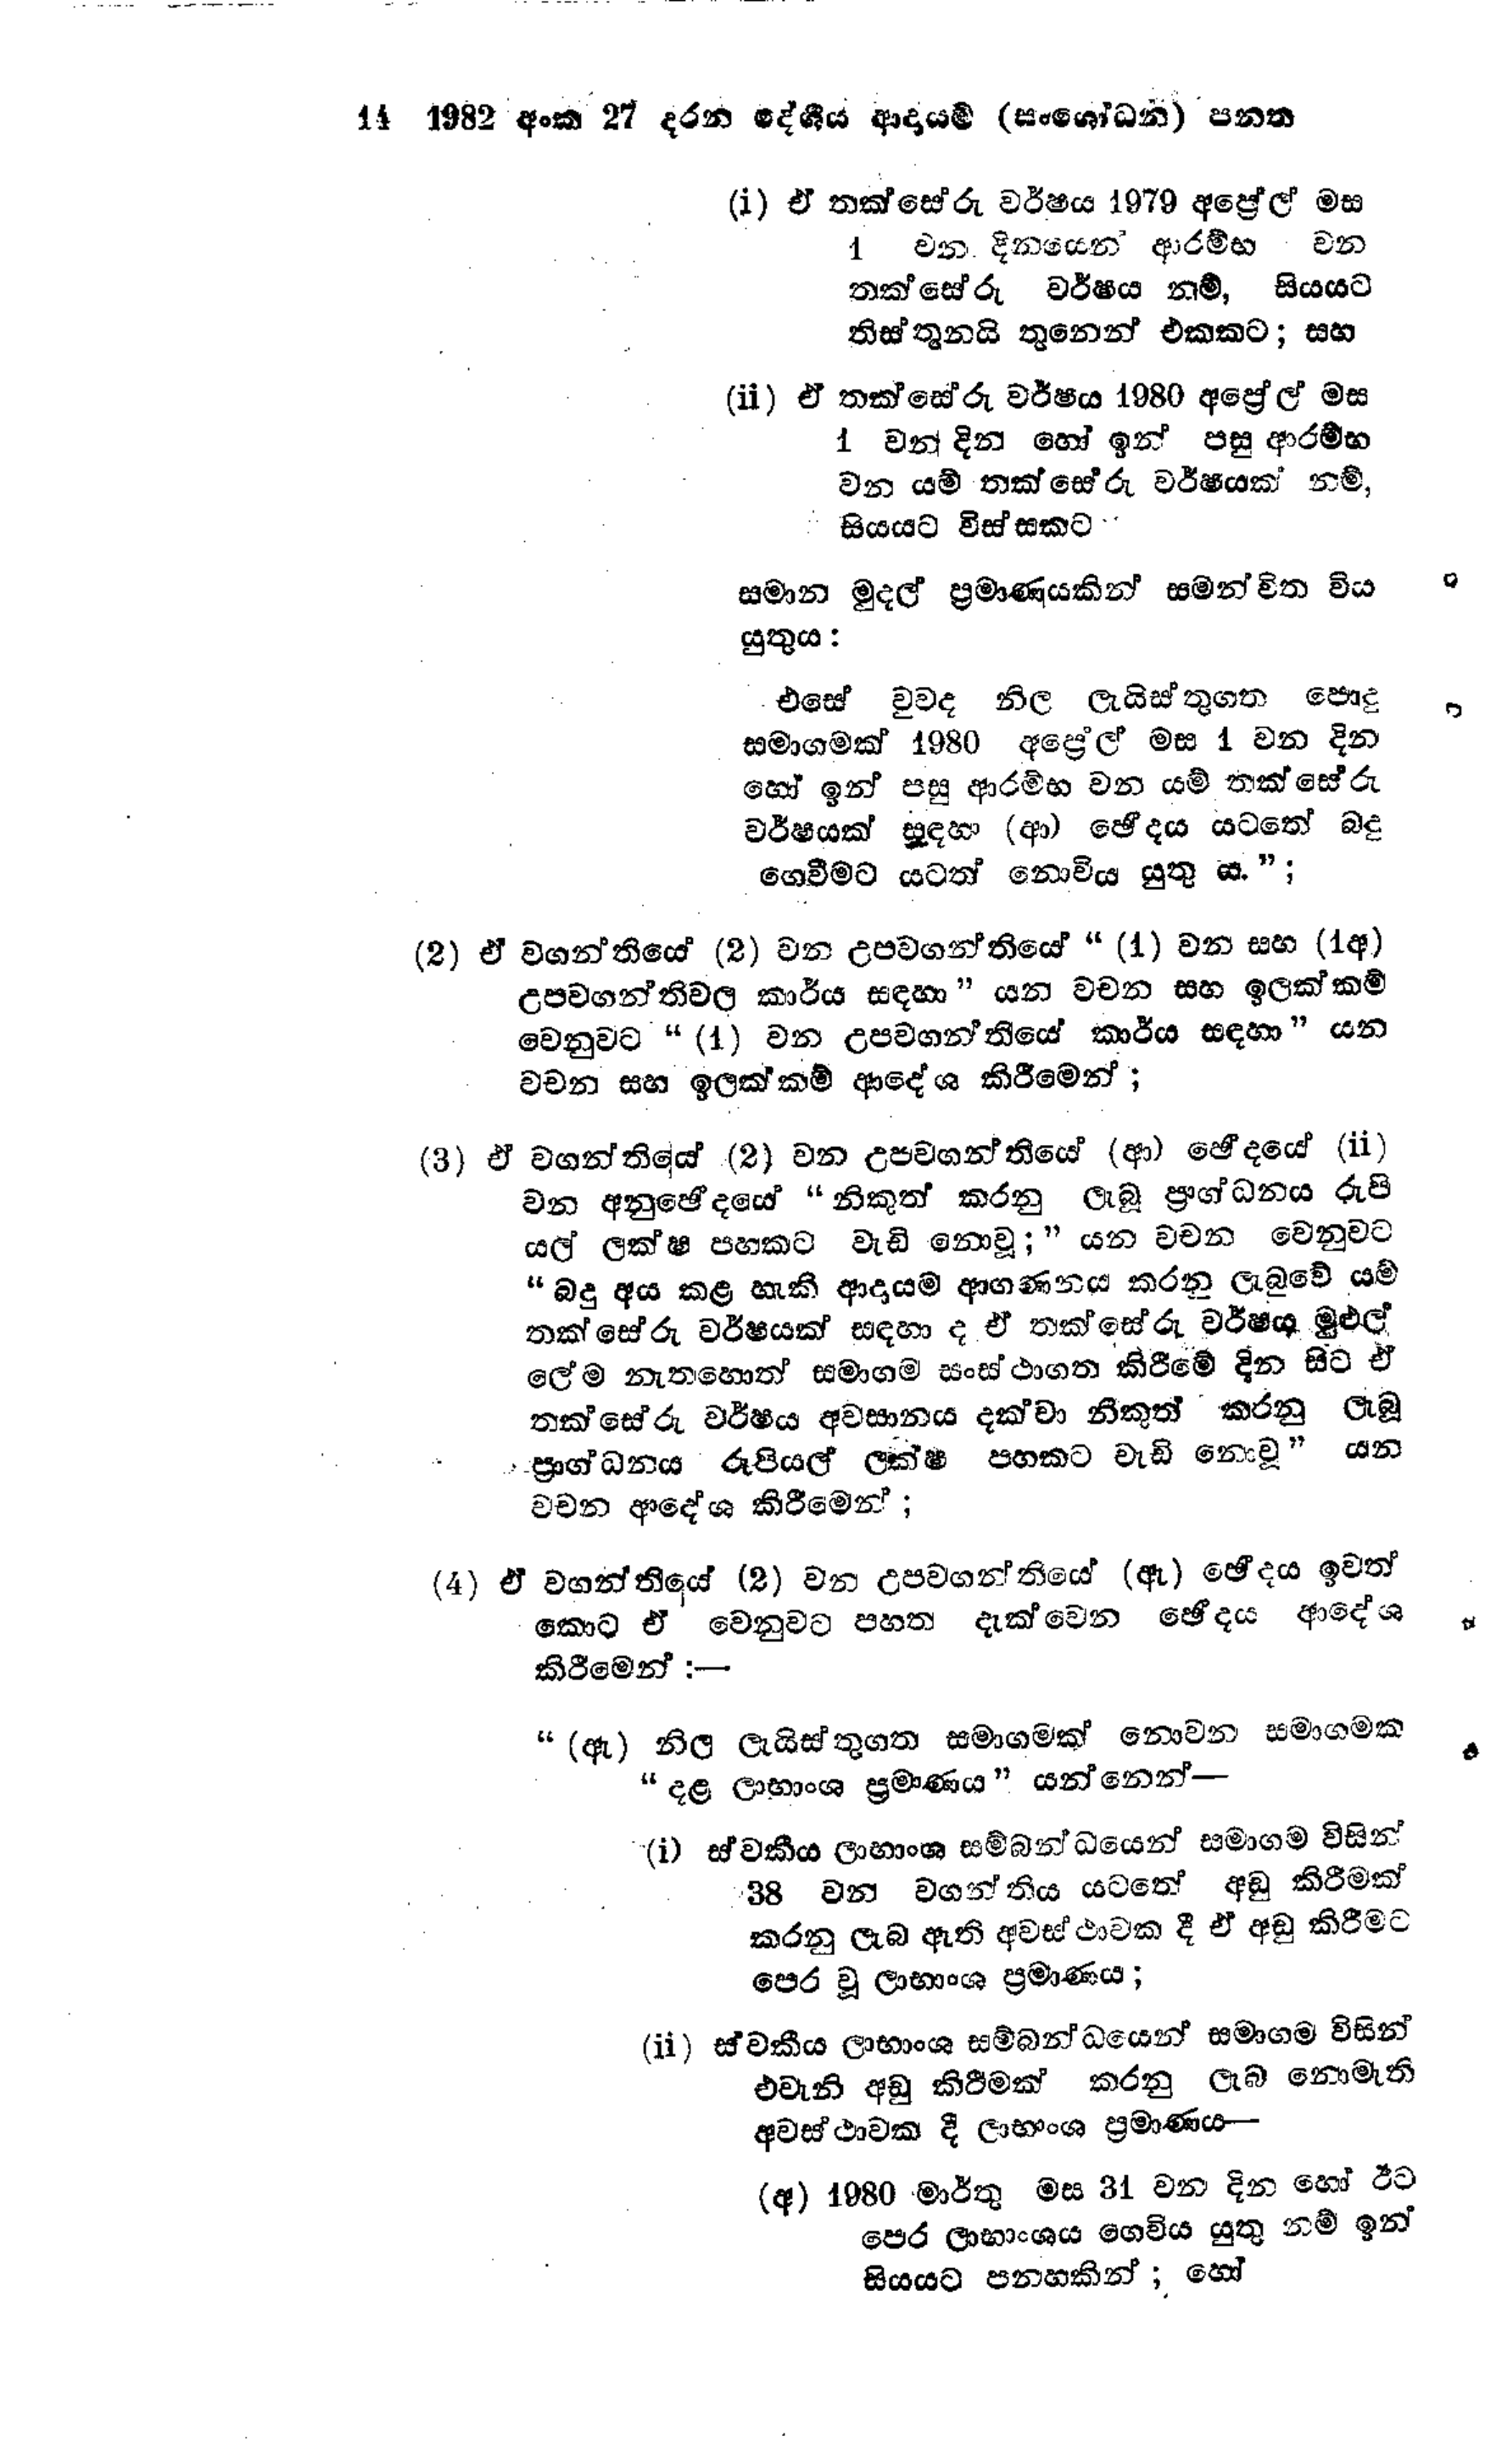
14 1982 අංක 27 දරන දේශීය ආදායම් (සංශෝධන ) පනත

(i) ඒ තක්සේරු වර්ෂය 1979 අප්‍රේල් මස
1 වන දිනයෙන් ආරම්භ වන
තක්සේරු වර්ෂය නම්, සියයට
තිස්තුනයි තුනෙන් එකකට; සහ

(ii) ඒ තක්සේරු වර්ෂය 1980 අප්‍රේල් මස
1 වන දින හෝ ඉන් පසු ආරම්භ
වන යම් තක්සේරු වර්ෂයක් නම්,
සියයට විස්සකට

සමාන මුදල් ප්‍රමාණයකින් සමන්විත විය
යුතුය:

එසේ වුවද නිල ලැයිස්තුගත පොදු
සමාගමක් 1980 අප්‍රේල් මස 1 වන දින
හෝ ඉන් පසු ආරම්භ වන යම් තක්සේරු
වර්ෂයක් සඳහා (ආ) ඡේදය යටතේ බදු
ගෙවීමට යටත් නොවිය යුතු ය.";

(2) ඒ වගන්තියේ (2) වන උපවගන්තියේ "(1) වන සහ (1අ)
උපවගන්තිවල කාර්ය සඳහා" යන වචන සහ ඉලක්කම්
වෙනුවට "(1) වන උපවගන්තියේ කාර්ය සඳහා " යන
වචන සහ ඉලක්කම් ආදේශ කිරීමෙන්;

(3) ඒ වගන්තියේ (2) වන උපවගන්තියේ (ආ) ඡේදයේ (ii)
වන අනුඡේදයේ " නිකුත් කරනු ලැබූ ප්‍රාග්ධනය රුපි
යල් ලක්ෂ පහකට වැඩි නොවූ;" යන වචන වෙනුවට
"බදු අය කළ හැකි ආදායම් ආගණනය කරනු ලැබුවේ යම්
තක්සේරු වර්ෂයක් සඳහා ද ඒ තක්සේරු වර්ෂය මුළුල්
ලේම නැතහොත් සමාගම සංස්ථාගත කිරීමේ දින සිට ඒ
තක්සේරු වර්ෂය අවසානය දක්වා නිකුත් කරනු ලැබූ
ප්‍රාග්ධනය රූපියල් ලක්ෂ පහකට වැඩි නොවූ" යන
වචන ආදේශ කිරීමෙන්;

(4) ඒ වගන්තියේ (2) වන උපවගන්තියේ (ඇ) ඡේදය ඉවත්
කොට ඒ වෙනුවට පහත දැක්වෙන ඡේදය ආදේශ
කිරීමෙන්:—

"(ඇ) නිල ලැයිස්තුගත සමාගමක් නොවන සමාගමක
"දළ ලාභාංශ ප්‍රමාණය " යන්නෙන් -

(i) ස්වකීය ලාභාංශ සම්බන්ධයෙන් සමාගම විසින්
38 වන වගන්තිය යටතේ අඩු කිරීමක්
කරනු ලැබ ඇති අවස්ථාවක දී ඒ අඩු කිරීමට
පෙර වූ ලාභාංශ ප්‍රමාණය;

(ii) ස්වකීය ලාභාංශ සම්බන්ධයෙන් සමාගම විසින්
එවැනි අඩු කිරීමක් කරනු ලැබ නොමැති
අවස්ථාවක දී ලාභාංශ ප්‍රමාණය—

(අ) 1980 මාර්තු මස 31 වන දින හෝ ඊට
පෙර ලාභාංශය ගෙවිය යුතු නම් ඉන්
සියයට පනහකින්; හෝ